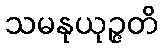
သမနုယုဉ္ဇတိ